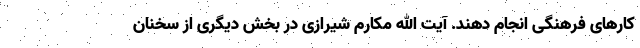
کارهای فرهنگی انجام دهند. آیت الله مکارم شیرازی در بخش دیگری از سخنان